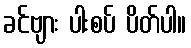
ခင်ဗျား ပါးစပ် ပိတ်ပါ။